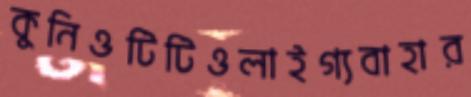
কুনিওটিটিওলাইগ্যবাহার